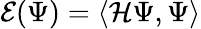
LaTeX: \mathcal{E}(\Psi)=\langle\mathcal{H}\Psi,\Psi\rangle